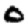
Digit: 0